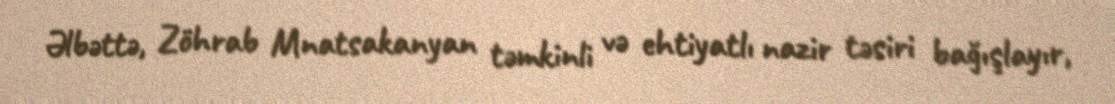
Əlbəttə, Zöhrab Mnatsakanyan təmkinli və ehtiyatlı nazir təsiri bağışlayır,